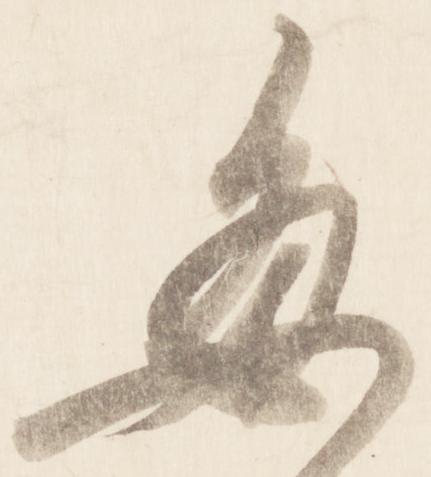
毎